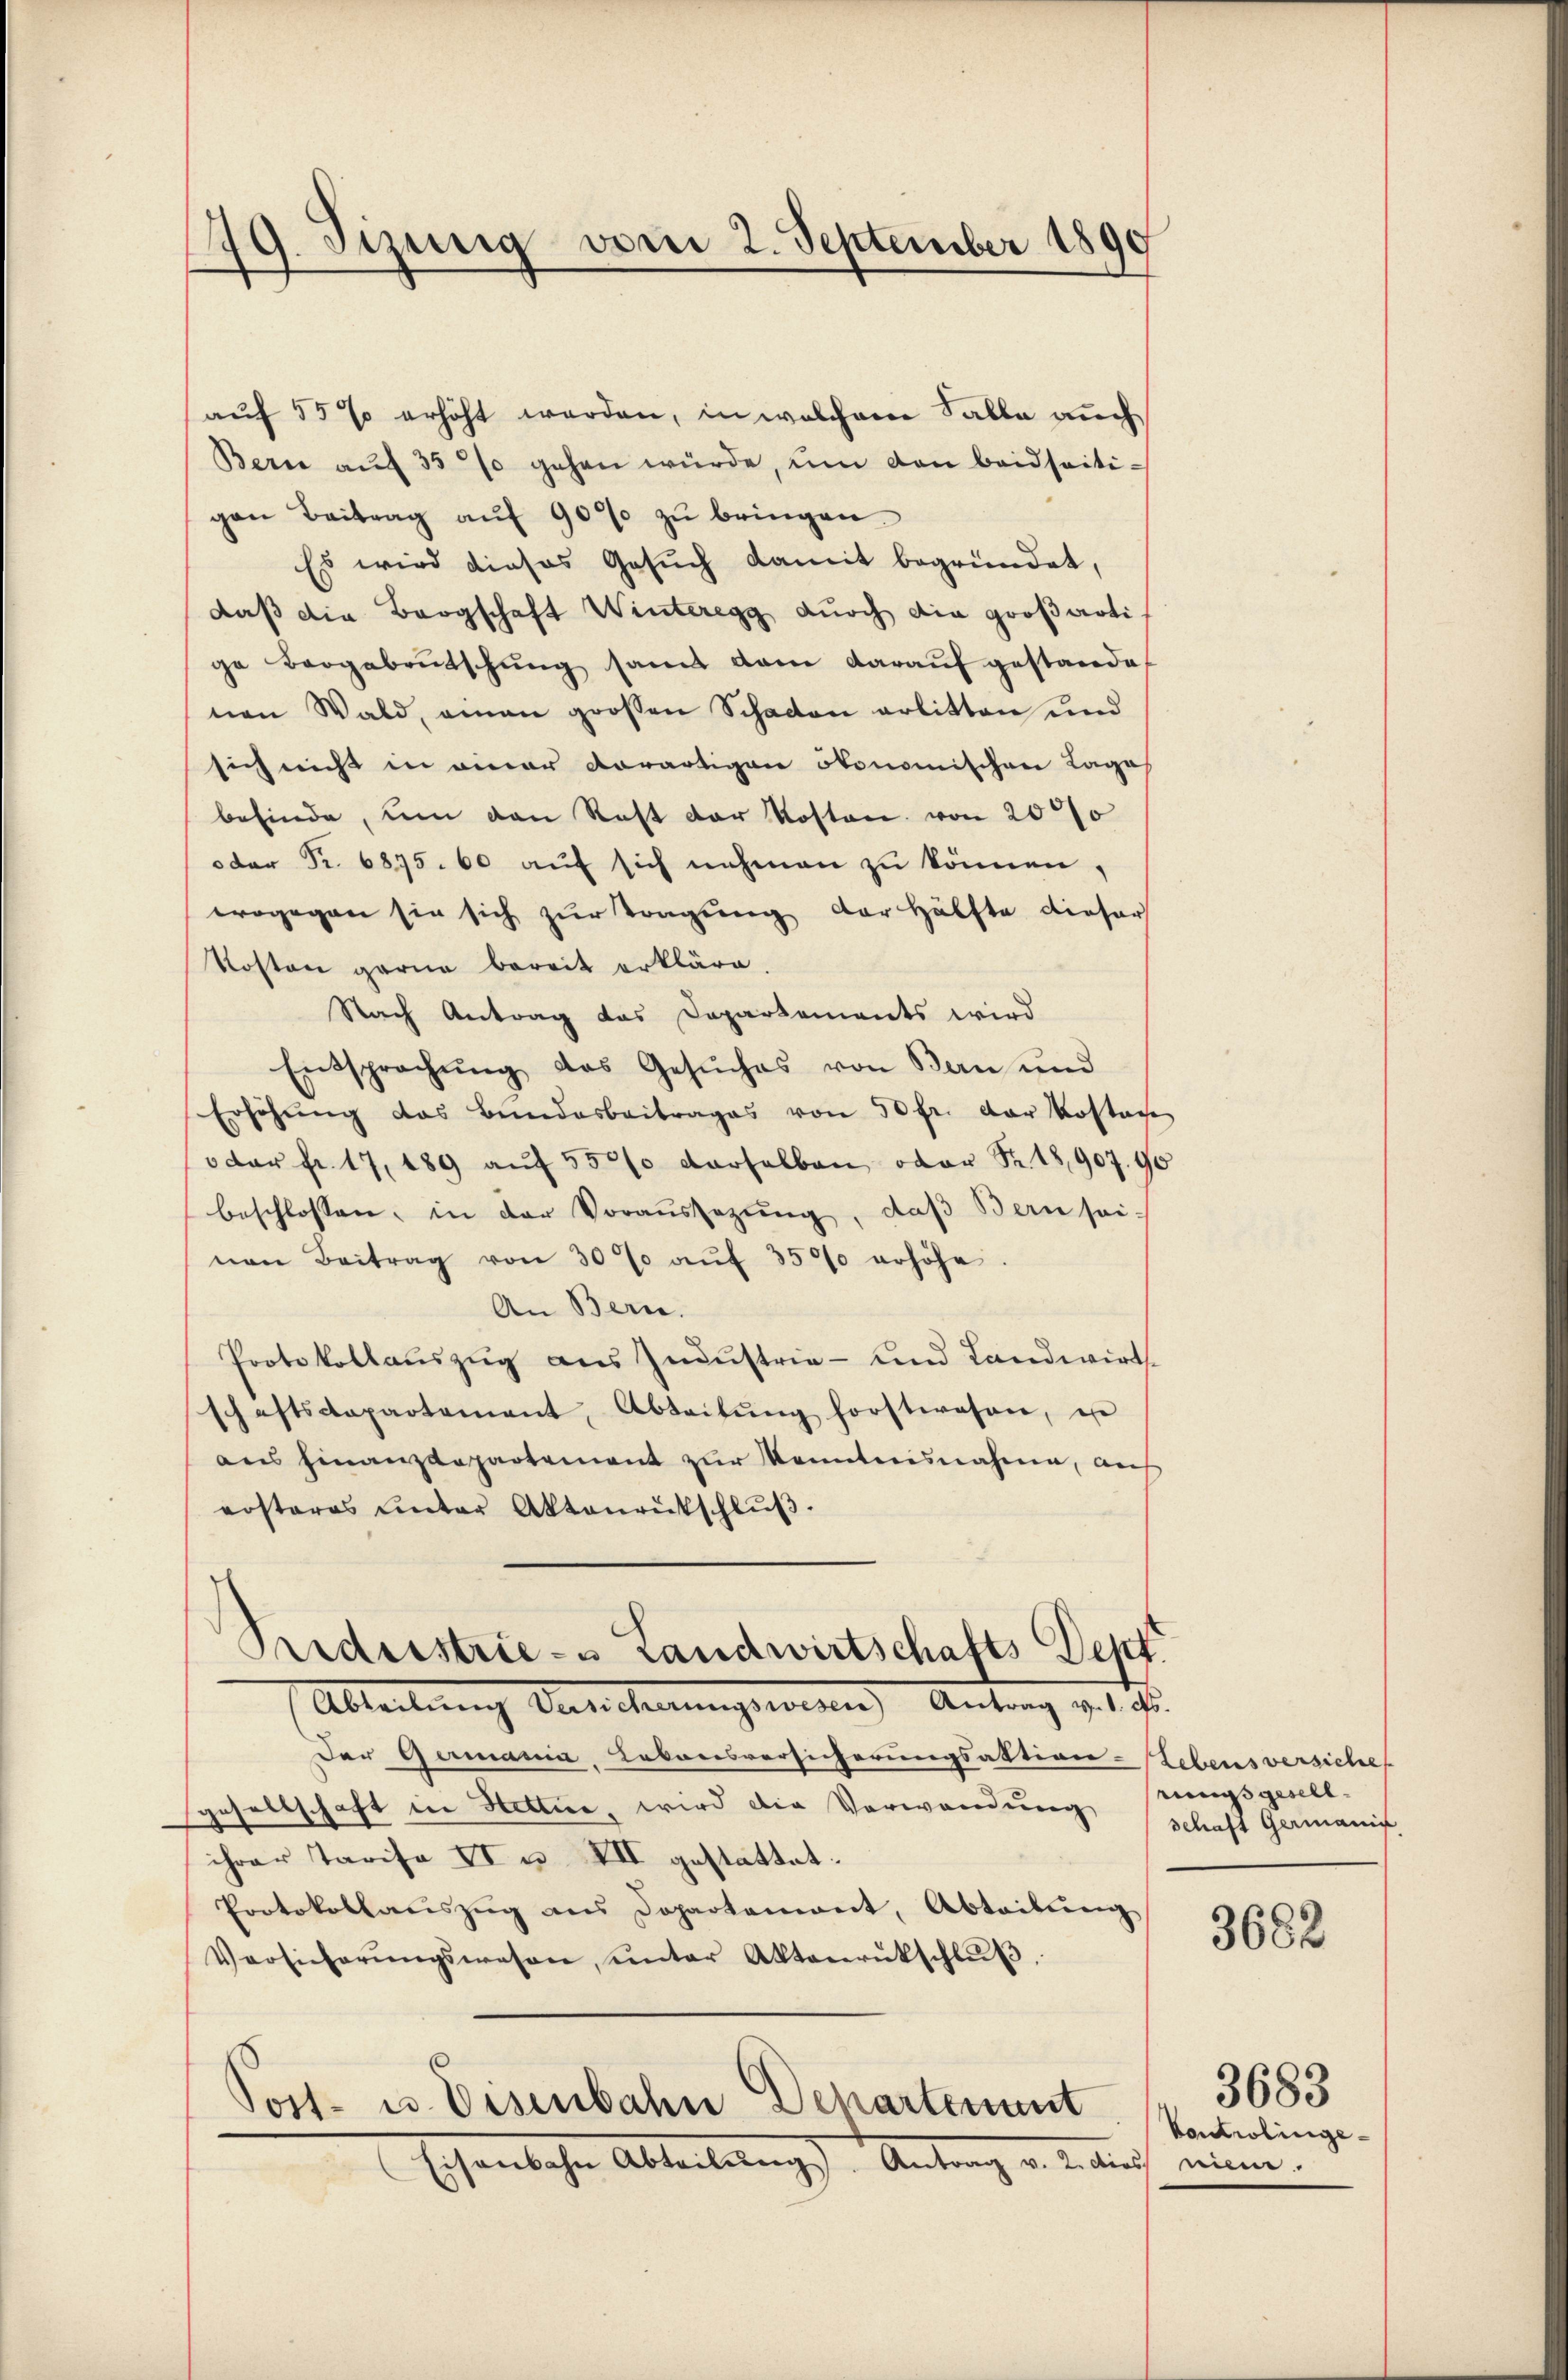
119. Jizinig vom 2. September 1890

auf 55 % erhöht werden, in welchem Falle auch
Bern aŭf 35 % gehen würde, um den beidseitigen Beitrag auf 900% zu bringen.
Es wird dieses Gesuch damit begründet,
daß die Bergschaft Winteregg durch die großarti
ge Bergebrŭtschŭng samt dan daraŭf gestande
nen Wald, amen grossen Schaden erlitten und
sich nicht in einer Vorartigen ökonomischen Lages
befinde, um den Rest der Kosten von 2000
der Fr. 6875. 60 auf sich nehmen zu können,
wogegen sie sich zur Tragung der Hälfte dieser
Kosten garne bereit erkläre.
Nach Antrag das Departements wird
Entsprachŭng des Gesŭches von Bern und
Erhöhŭng das Bundarbeitrages von 50 fr. der Kostan
dar fr. 17, 189 aŭf 550% derselben oder Fr. 18,907. 41
beschlossen, in der Voraŭssezŭng, daβ Bern sei.
nen Beitrag von 30% aŭf 3500 erhöhe
An Bern.
Protokollauszug aus Industrie- und Landwirt
schaftscopartement, Abteilŭng forstwahren, is
aus hinanzdepartement zur Kenntnisnahme, auf
ersteres unter Aktenrütschlŭβ
Peederstrie-s Landwirtschafts Deut
Ableitung Versicherungswesen) Antrag v. 1. d.
Der Germania, Lebensversicherungsaktion-Lebens versiche
gesellschaft in Hettie, wird die Verwendung
ihrer Tarife II u. VII gestattet.
Protokollaŭszŭg ans Dopartemont, Abteilŭng
Versicherŭngswesen, ŭnter Aktenrückschlŭβ
8
Post- u. Eisenbahn Departement
Eisenbahn Abteilŭng Antrag v. 2. dies niem

d

rungsgesell
schaft Germanif

3682

3683
Kontrolinge¬